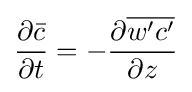
{\frac {\partial {\bar {c}}}{\partial t}}=-{\frac {\partial {\overline {w'c'}}}{\partial z}}